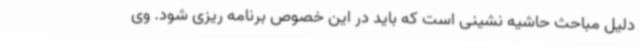
دلیل مباحث حاشیه نشینی است که باید در این خصوص برنامه ریزی شود. وی